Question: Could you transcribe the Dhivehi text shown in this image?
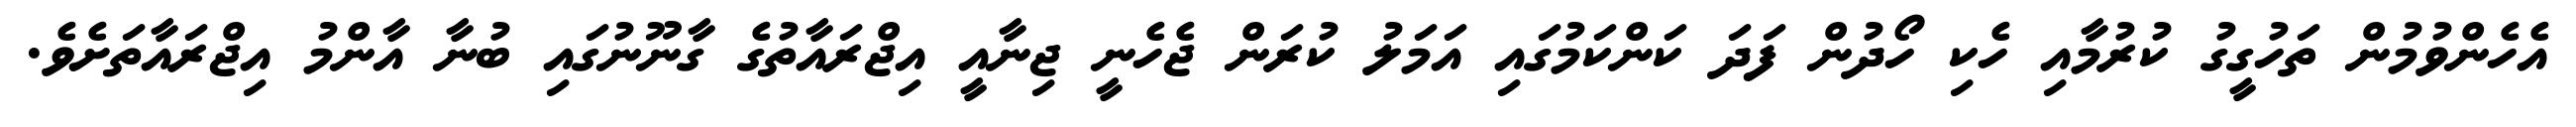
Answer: އެހެންވުމުން ތަހުގީގު ކުރުމާއި ހެކި ހޯދުން ފަދަ ކަންކަމުގައި އަމަލު ކުރަން ޖެހެނީ ޖިނާއީ އިޖްރައާތުގެ ގާނޫނުގައި ބުނާ އާންމު އިޖްރައާތަށެވެ.